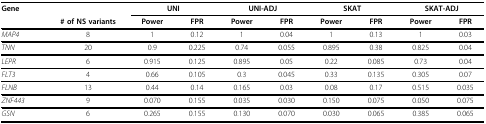
<table><thead><tr><td><b>Gene</b></td><td></td><td colspan="2"><b>UNI</b></td><td colspan="2"><b>UNI-ADJ</b></td><td colspan="2"><b>SKAT</b></td><td colspan="2"><b>SKAT-ADJ</b></td></tr><tr><td></td><td><b># of NS variants</b></td><td><b>Power</b></td><td><b>FPR</b></td><td><b>Power</b></td><td><b>FPR</b></td><td><b>Power</b></td><td><b>FPR</b></td><td><b>Power</b></td><td><b>FPR</b></td></tr></thead><tbody><tr><td><i>MAP4</i></td><td>8</td><td>1</td><td>0.12</td><td>1</td><td>0.04</td><td>1</td><td>0.13</td><td>1</td><td>0.03</td></tr><tr><td><i>TNN</i></td><td>20</td><td>0.9</td><td>0.225</td><td>0.74</td><td>0.055</td><td>0.895</td><td>0.38</td><td>0.825</td><td>0.04</td></tr><tr><td><i>LEPR</i></td><td>6</td><td>0.915</td><td>0.125</td><td>0.895</td><td>0.05</td><td>0.22</td><td>0.085</td><td>0.73</td><td>0.04</td></tr><tr><td><i>FLT3</i></td><td>4</td><td>0.66</td><td>0.105</td><td>0.3</td><td>0.045</td><td>0.33</td><td>0.135</td><td>0.305</td><td>0.07</td></tr><tr><td><i>FLNB</i></td><td>13</td><td>0.44</td><td>0.14</td><td>0.165</td><td>0.03</td><td>0.08</td><td>0.17</td><td>0.515</td><td>0.035</td></tr><tr><td><i>ZNF443</i></td><td>9</td><td>0.070</td><td>0.155</td><td>0.035</td><td>0.030</td><td>0.150</td><td>0.075</td><td>0.050</td><td>0.075</td></tr><tr><td><i>GSN</i></td><td>6</td><td>0.265</td><td>0.155</td><td>0.130</td><td>0.070</td><td>0.030</td><td>0.065</td><td>0.385</td><td>0.065</td></tr></tbody></table>